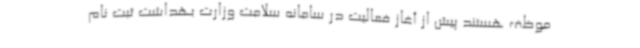
موظف هستند پیش از آغاز فعالیت در سامانه سلامت وزارت بهداشت ثبت نام